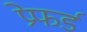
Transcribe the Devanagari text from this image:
प्रेफर्ड